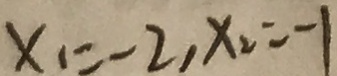
x _ { 1 } = - 2 , x _ { 2 } = - 1